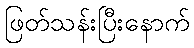
ဖြတ်သန်းပြီးနောက်